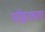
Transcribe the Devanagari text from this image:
परिहृत्कला